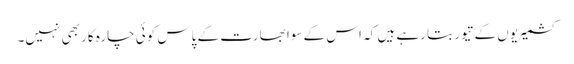
کشمیریوں کے تیور بتا رہے ہیں کہ اس کے سوا بھارت کے پاس کوئی چارہ کار بھی نہیں۔